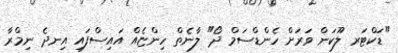
"ޑަކްޓަރ ލޫކަން ވަރަށް ހެންޑްސަމް ދޯ" ލާނެތް ހިންޏެއް އައިސްފައި އިނދެ ނިމްރާ